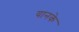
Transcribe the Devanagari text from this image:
यानके